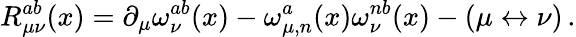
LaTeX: R_{\mu\nu}^{ab}(x)=\partial_{\mu}\omega_{\nu}^{ab}(x)-\omega_{\mu,n}^{a}(x)\omega_{\nu}^{nb}(x)-(\mu\leftrightarrow\nu)\, .